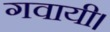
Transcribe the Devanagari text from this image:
गवायी।